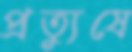
প্রত্যুষে